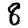
Digit: 8